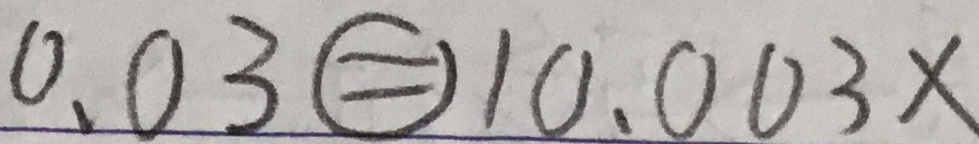
0 . 0 3 \textcircled { = } 1 0 . 0 0 3 x